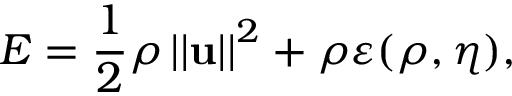
E = \frac { 1 } { 2 } \rho \left\vert \left\vert \mathbf { u } \right\vert \right\vert ^ { 2 } + \rho \varepsilon ( \rho , \eta ) ,